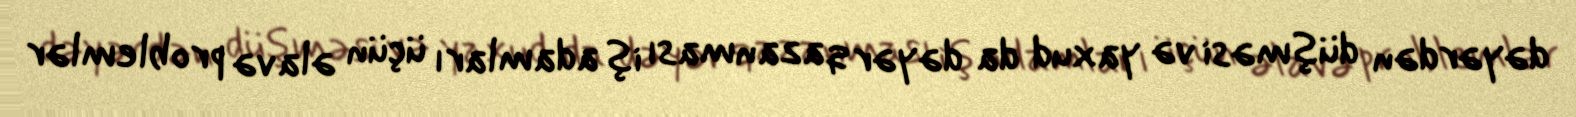
dəyərdən düşməsi və yaxud da dəyər qazanması iş adamları üçün əlavə problemlər